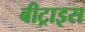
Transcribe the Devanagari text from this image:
बीट्राइस